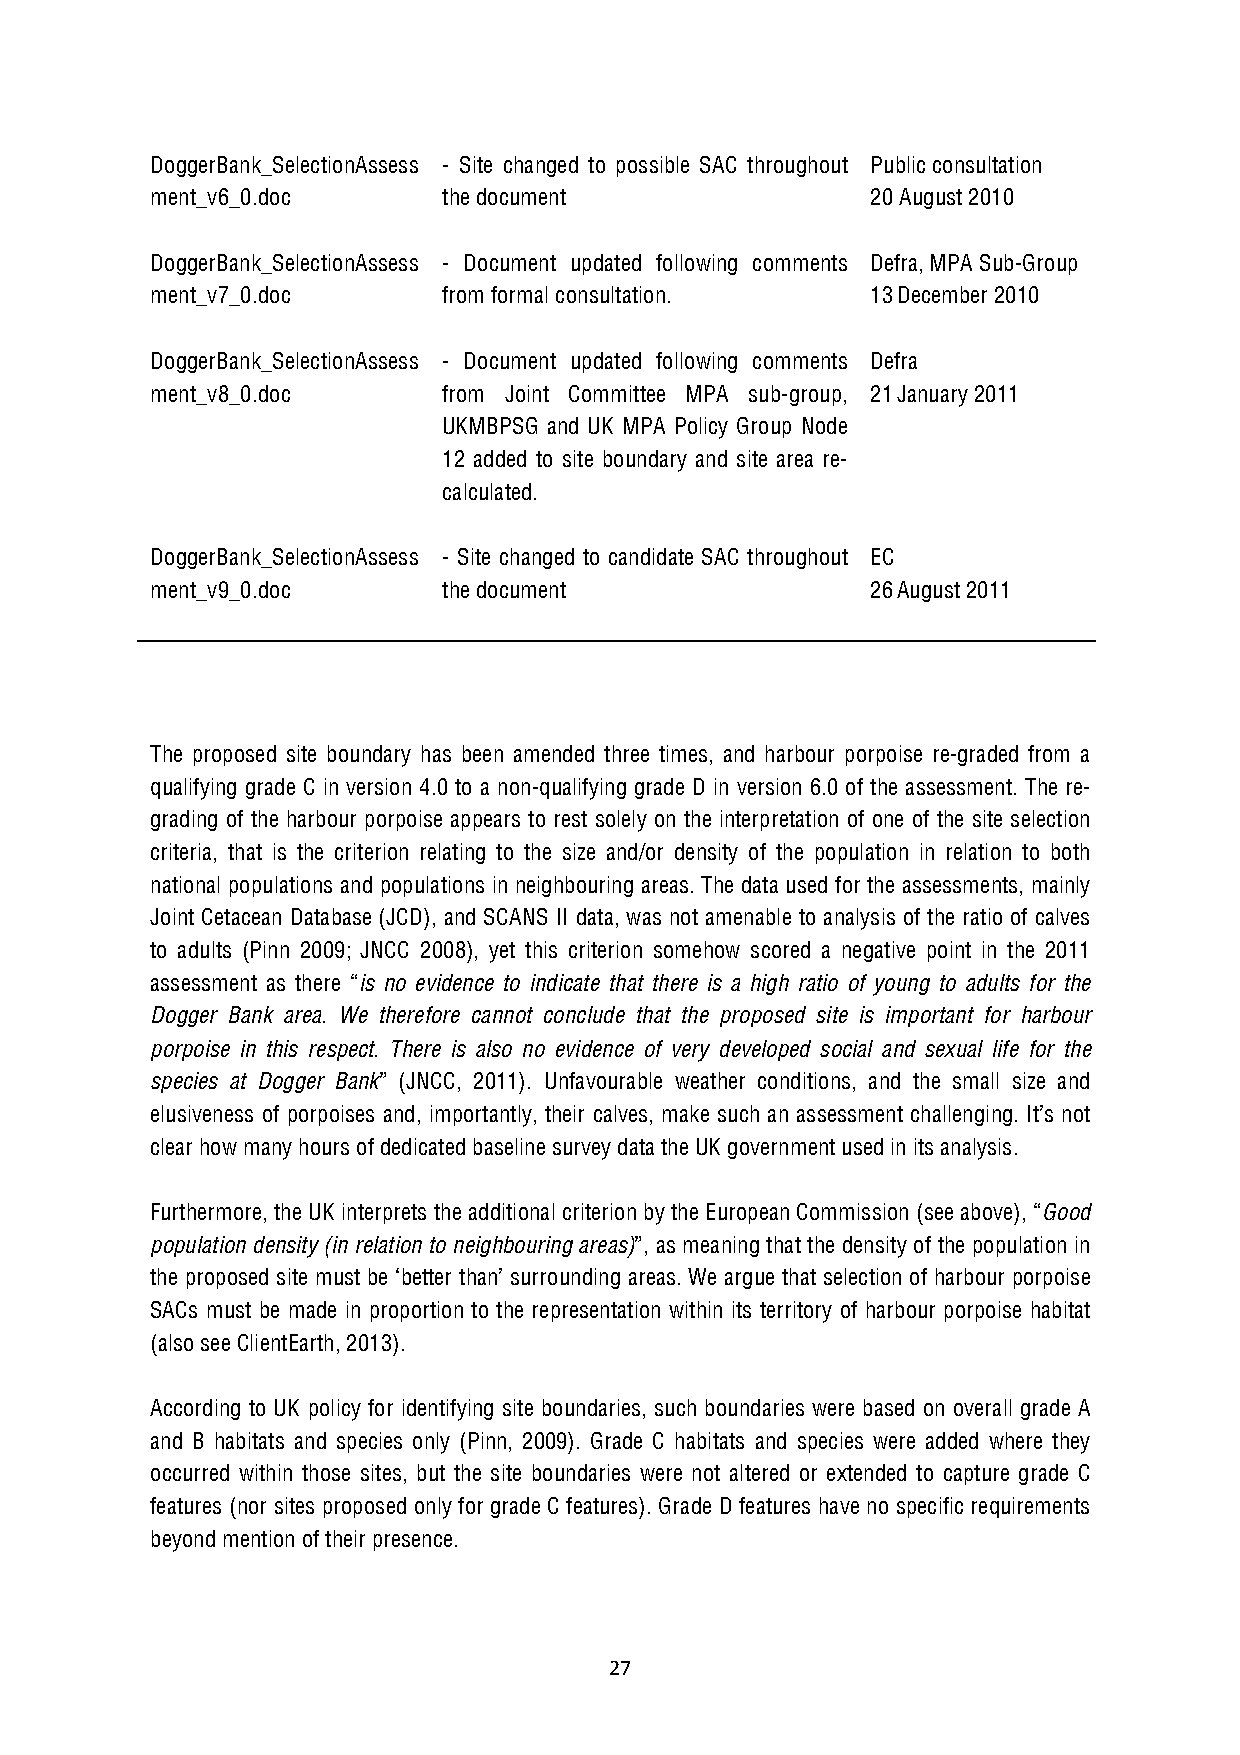
DoggerBank_SelectionAssess - Site changed to possible SAC throughout Public consultation
 ment_v6_0.doc      the document                 20 August 2010
 DoggerBank_SelectionAssess - Document updated following comments Defra, MPA Sub-Group
 ment_v7_0.doc      from formal consultation.    13December 2010
 DoggerBank_SelectionAssess - Document updated following comments Defra
 ment_v8_0.doc      from Joint Committee MPA sub-group, 21January 2011
 UKMBPSG and UK MPA Policy Group Node
 12 added to site boundary and site area re-
 calculated.
 DoggerBank_SelectionAssess - Site changed to candidate SAC throughout EC
 ment_v9_0.doc      the document                 26August 2011
 The proposed site boundary has been amended three times, and harbour porpoise re-graded from a
 qualifying grade C in version 4.0 to a non-qualifying grade D in version 6.0 of the assessment. The re-
 grading of the harbour porpoise appears to rest solely on the interpretation of one of the site selection
 criteria, that is the criterion relating to the size and/or density of the population in relation to both
 national populations and populations in neighbouring areas. The data used for the assessments, mainly
 Joint Cetacean Database (JCD), and SCANS II data, was not amenable to analysis of the ratio of calves
 to adults (Pinn 2009; JNCC 2008), yet this criterion somehow scored a negative point in the 2011
 assessment as there “is no evidence to indicate that there is a high ratio of young to adults for the
 Dogger Bank area. We therefore cannot conclude that the proposed site is important for harbour
 porpoise in this respect. There is also no evidence of very developed social and sexual life for the
 species at Dogger Bank” (JNCC, 2011). Unfavourable weather conditions, and the small size and
 elusiveness of porpoises and, importantly, their calves, make such an assessment challenging. It’s not
 clear how many hours of dedicated baseline survey data the UK government used in its analysis.
 Furthermore, the UK interprets the additional criterion by the European Commission (see above), “Good
 population density (in relation to neighbouring areas)”, as meaning that the density of the population in
 the proposed site must be ‘better than’ surrounding areas. We argue that selection of harbour porpoise
 SACs must be made in proportion to the representation within its territory of harbour porpoise habitat
 (also see ClientEarth, 2013).
 According to UK policy for identifying site boundaries, such boundaries were based on overall grade A
 and B habitats and species only (Pinn, 2009). Grade C habitats and species were added where they
 occurred within those sites, but the site boundaries were not altered or extended to capture grade C
 features (nor sites proposed only for grade C features). Grade D features have no specific requirements
 beyond mention of their presence.
 27